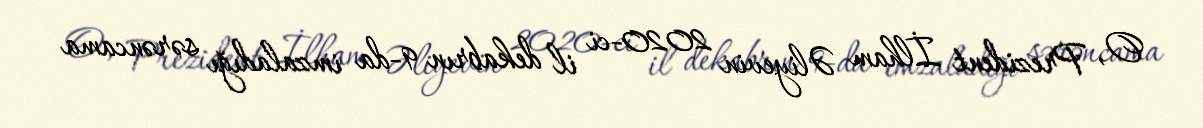
O, Prezident İlham Əliyevin 2020-ci il dekabrın 9-da imzaladığı sərəncama